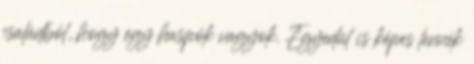
családból, hogy egy haspók vagyok. Egyedül is képes lennék